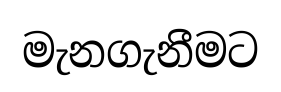
මැනගැනීමට